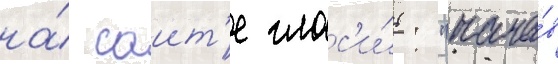
на́ саит'е глас'и́т: "нача́в